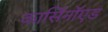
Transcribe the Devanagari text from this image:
कार्सिनॉएड